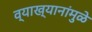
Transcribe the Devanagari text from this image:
व्याख्यानांमुळे